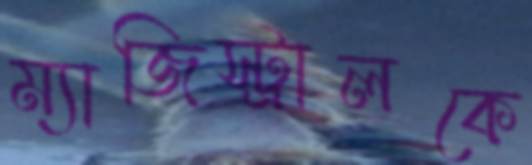
ম্যাজিস্ট্রালকে